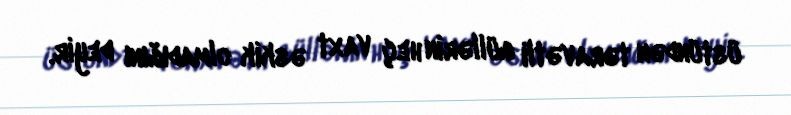
üstündən təravətli güllərin heç vaxt əskik olmadığını deyir.